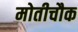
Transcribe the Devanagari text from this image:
मोतीचौक